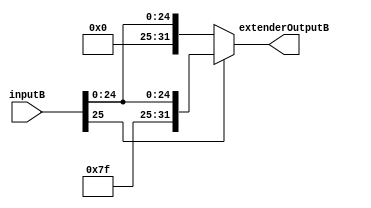
module signExtenderJ (inputB, extenderOutputB);
    input [25:0] inputB;  //Extenso de entradas de 21 bits.
    output reg [31:0] extenderOutputB;

    always @ ( * ) begin //Multiplexador usado para avaliar que tipo de extenso o "signExtender" deve fazer.
    //Caso a seleo seja "01" ele completa uma entrada de 25 bits. Instrucao j.
      extenderOutputB = inputB;
      if(inputB[25]) begin
        extenderOutputB = {{6{1'b1}}, inputB};
        end
      else begin
        extenderOutputB = {{6{1'b0}}, inputB};
		  end
	 end	  
endmodule // signExtenderJ